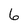
Character: 6